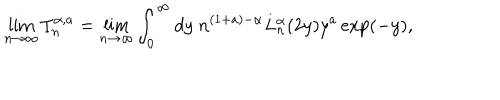
\lim _ { n \to \infty } \mathcal { I } _ { n } ^ { \alpha , a } = \lim _ { n \to \infty } \int _ { 0 } ^ { \infty } d y \ n ^ { ( 1 + a ) - \alpha } L _ { n } ^ { \alpha } ( 2 y ) y ^ { a } \exp ( - y ) ,